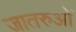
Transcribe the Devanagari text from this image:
जातरुओं